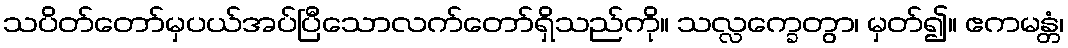
သပိတ်တော်မှပယ်အပ်ပြီသောလက်တော်ရှိသည်ကို။ သလ္လက္ခေတွာ၊ မှတ်၍။ ဧကမန္တံ၊